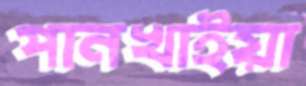
পানখাইয়া